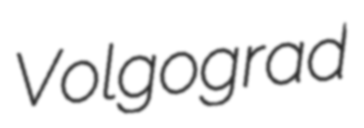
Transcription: Volgograd